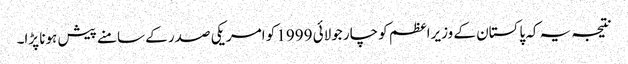
نتیجہ یہ کہ پاکستان کے وزیراعظم کو چار جولائی 1999 کو امریکی صدر کے سامنے پیش ہونا پڑا۔